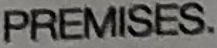
PREMISES